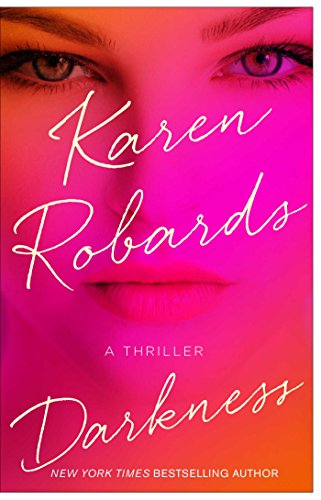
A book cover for Darkness; Karen Robards; Romance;